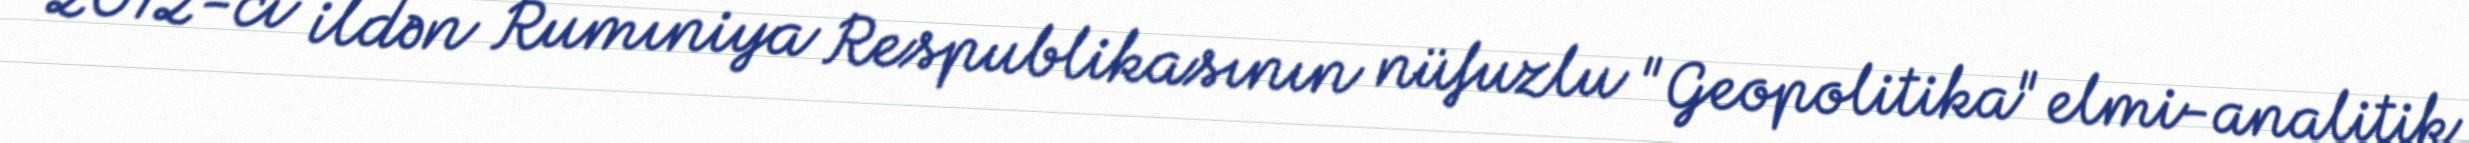
2012-ci ildən Rumıniya Respublikasının nüfuzlu "Geopolitika" elmi-analitik